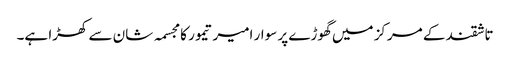
تاشقند کے مرکز میں گھوڑے پر سوار امیر تیمور کا مجسمہ شان سے کھڑا ہے۔